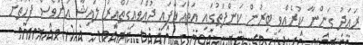
ރައަދު ގަންނާ ކުރެއްވި ބިރުން ކަންފަތުގައި އަތްއަޅާފައި ދުއްވައިގަތްއިރު ލައިޝާ އަށްވެސް ފަހަތަށް